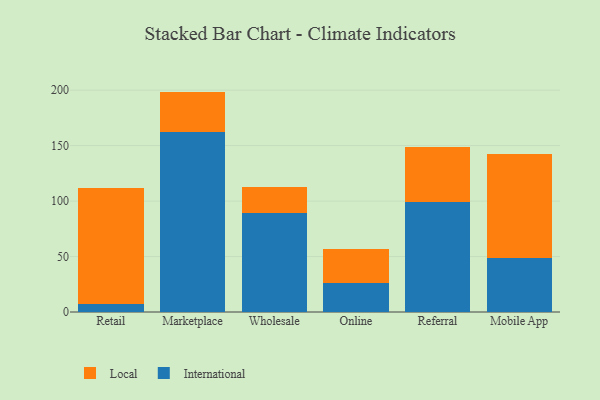
{"axis": {"x": "Channel", "y": "Inventory Turnover"}, "legend": ["International", "Local"], "data": [{"x": "Retail", "y": 6.9, "type": "International"}, {"x": "Retail", "y": 104.9, "type": "Local"}, {"x": "Marketplace", "y": 162.2, "type": "International"}, {"x": "Marketplace", "y": 36.5, "type": "Local"}, {"x": "Wholesale", "y": 89.4, "type": "International"}, {"x": "Wholesale", "y": 23.6, "type": "Local"}, {"x": "Online", "y": 26.5, "type": "International"}, {"x": "Online", "y": 30.6, "type": "Local"}, {"x": "Referral", "y": 99.0, "type": "International"}, {"x": "Referral", "y": 49.8, "type": "Local"}, {"x": "Mobile App", "y": 48.3, "type": "International"}, {"x": "Mobile App", "y": 94.1, "type": "Local"}]}